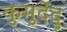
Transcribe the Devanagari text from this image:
कुमुदेंदु